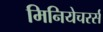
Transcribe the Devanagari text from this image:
मिनियेचरर्स